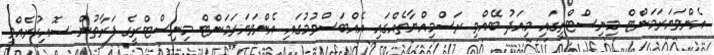
އެންވަޔަރަމަންޓް މިނިސްޓްރީގައި މިއަދު ބޭއްވި ރަސްމިއްޔާތެއްގައި އެއްބަސްވުމުގައި އެންވަޔަރަމަންޓް މިނިސްޓްރީގެ ފަރާތުން ސޮއިކުރެއްވީ